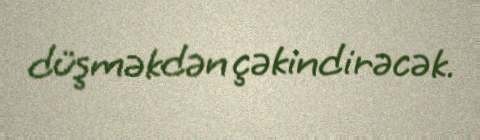
düşməkdən çəkindirəcək.